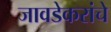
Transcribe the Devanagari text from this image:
जावडेकरांचे